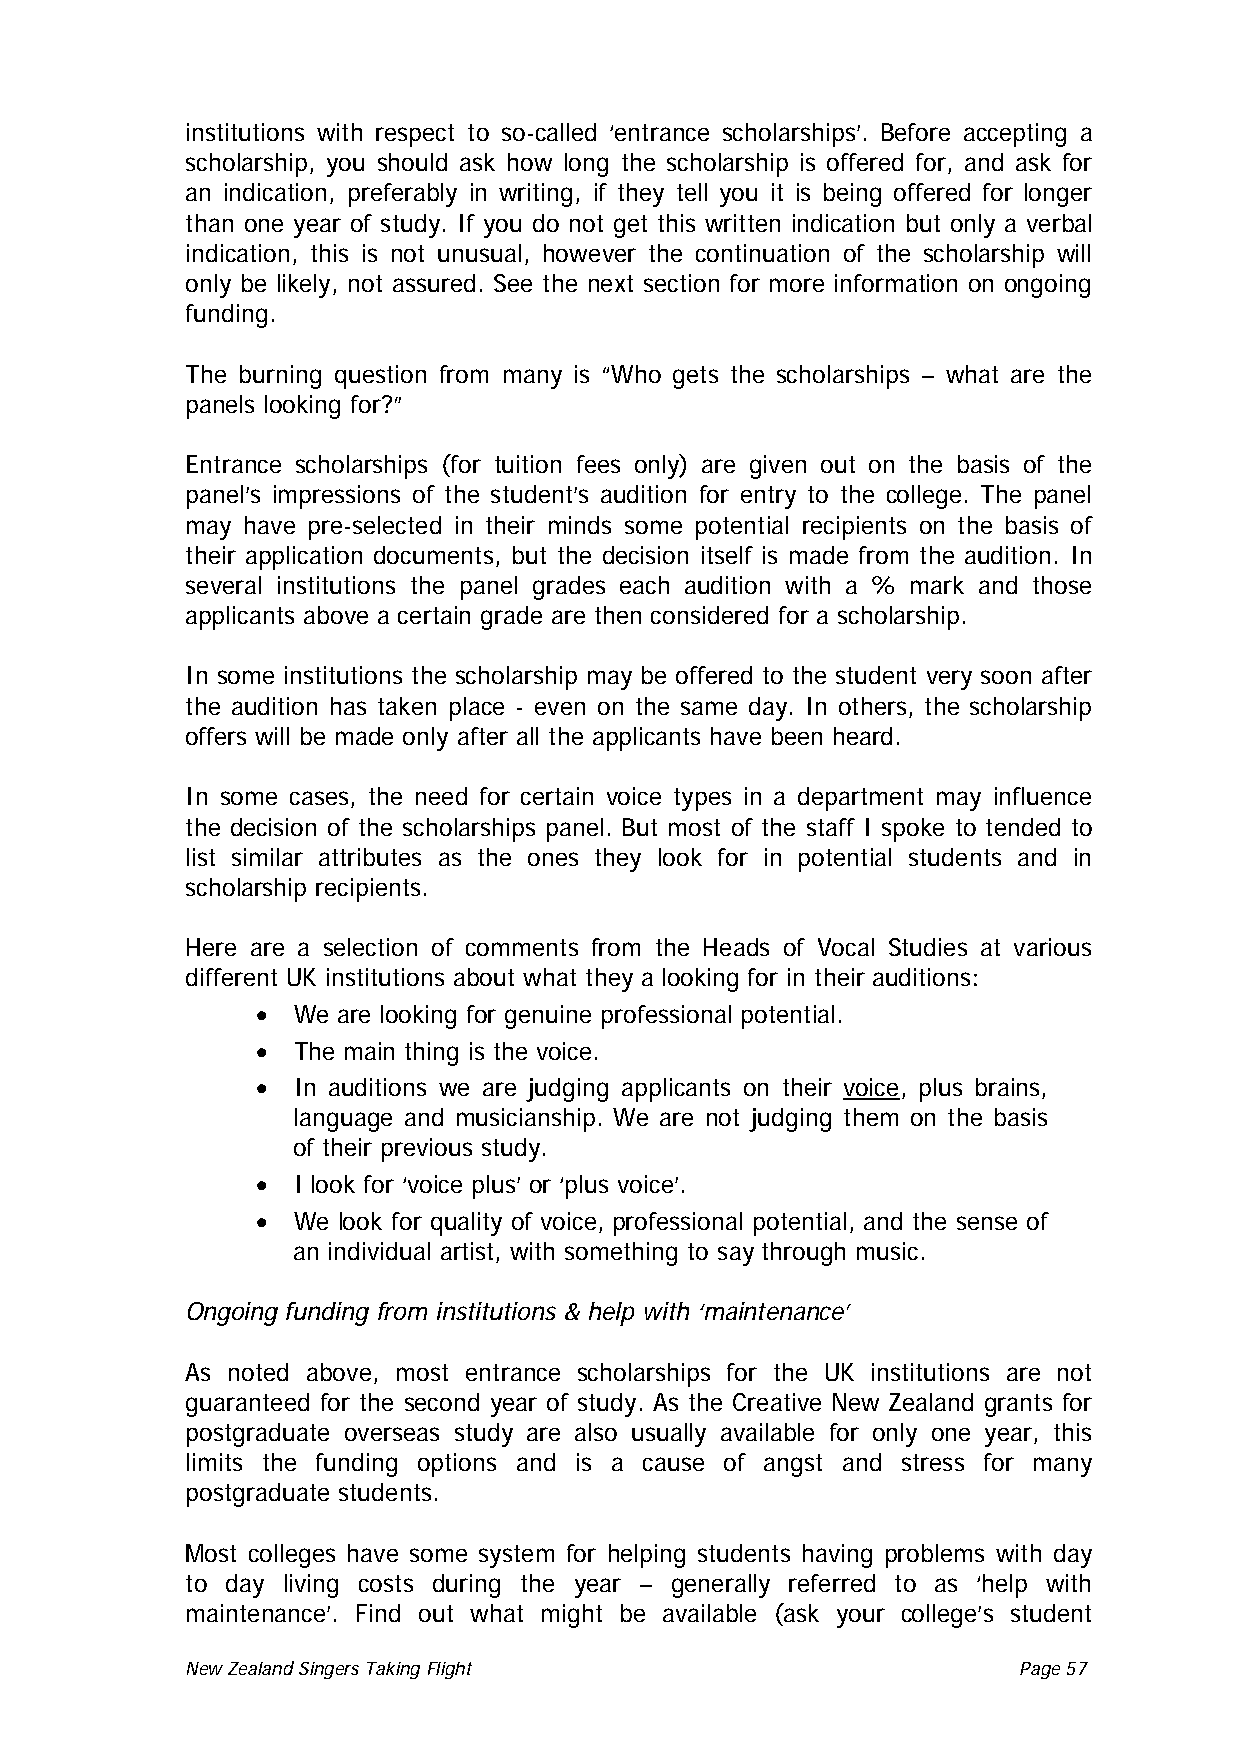
institutions with respect to so-called ‘entrance scholarships’. Before accepting a
 scholarship, you should ask how long the scholarship is offered for, and ask for
 an indication, preferably in writing, if they tell you it is being offered for longer
 than one year of study. If you do not get this written indication but only a verbal
 indication, this is not unusual, however the continuation of the scholarship will
 only be likely, not assured. See the next section for more information on ongoing
 funding.
 The burning question from many is “Who gets the scholarships – what are the
 panels looking for?”
 Entrance scholarships (for tuition fees only) are given out on the basis of the
 panel’s impressions of the student’s audition for entry to the college. The panel
 may have pre-selected in their minds some potential recipients on the basis of
 their application documents, but the decision itself is made from the audition. In
 several institutions the panel grades each audition with a % mark and those
 applicants above a certain grade are then considered for a scholarship.
 In some institutions the scholarship may be offered to the student very soon after
 the audition has taken place - even on the same day. In others, the scholarship
 offers will be made only after all the applicants have been heard.
 In some cases, the need for certain voice types in a department may influence
 the decision of the scholarships panel. But most of the staff I spoke to tended to
 list similar attributes as the ones they look for in potential students and in
 scholarship recipients.
 Here are a selection of comments from the Heads of Vocal Studies at various
 different UK institutions about what they a looking for in their auditions:
 • We are looking for genuine professional potential.
 • The main thing is the voice.
 • In auditions we are judging applicants on their voice , plus brains,
 language and musicianship. We are not judging them on the basis
 of their previous study.
 • I look for ‘voice plus’ or ‘plus voice’.
 • We look for quality of voice, professional potential, and the sense of
 an individual artist, with something to say through music.
 Ongoing funding from institutions & help with ‘maintenance’
 As noted above, most entrance scholarships for the UK institutions are not
 guaranteed for the second year of study. As the Creative New Zealand grants for
 postgraduate overseas study are also usually available for only one year, this
 limits the funding options and is a cause of angst and stress for many
 postgraduate students.
 Most colleges have some system for helping students having problems with day
 to day living costs during the year – generally referred to as ‘help with
 maintenance’. Find out what might be available (ask your college’s student
 New Zealand Singers Taking Flight Page 57